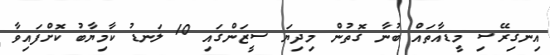
އިނގިރޭސި މީޑއާތައް ބުނާ ގޮތުން މިދިޔަ ސީޒަންގައި 10 ލަނޑު ކާމިޔާބު ކޮށްފައިވާ